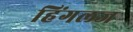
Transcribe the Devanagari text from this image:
हिंगलज